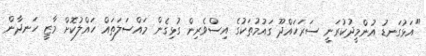
"އަޅުގަނޑު އުންމީދުކުރަނީ ސަރަހައްދޫ ގައުމުތަކުގެ އިސްވެރިން ގުޅިގެން މައްސަލަތައް ހައްލުކޮށް މާޒީ ހަނދާން